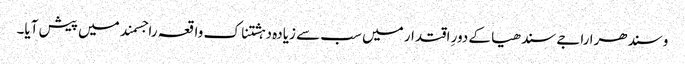
وسندھرا راجے سندھیا کے دورِ اقتدار میں سب سے زیادہ دہشتناک واقعہ راجسمند میں پیش آیا۔